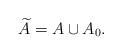
LaTeX: \begin{align*}\widetilde A=A\cup A_0.\end{align*}